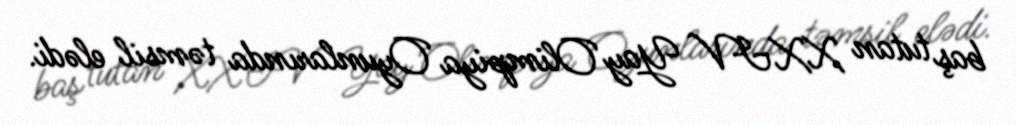
baş tutan XXIV Yay Olimpiya Oyunlarında təmsil elədi.